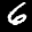
Label: 6